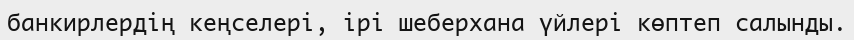
банкирлердің кеңселері, ірі шеберхана үйлері көптеп салынды.